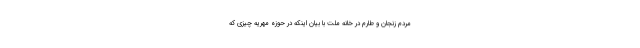
مردم زنجان و طارم در خانه ملت با بیان اینکه در حوزه مهریه چیزی که